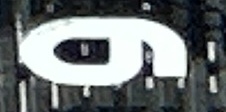
و